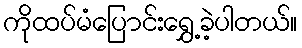
ကိုထပ်မံပြောင်းရွှေ့ခဲ့ပါတယ်။